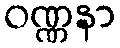
ဝဏ္ဏနာ